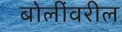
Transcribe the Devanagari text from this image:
बोलींवरील